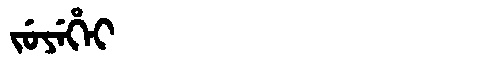
Manchu: ᠵᡠᠶᡝᡥᡝᡳ
Romanization: JUYEHEI